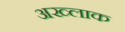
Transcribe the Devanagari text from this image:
अख्लाक